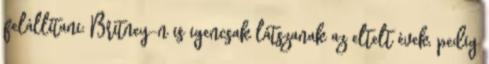
felállítani: Britney-n is igencsak látszanak az eltelt évek, pedig